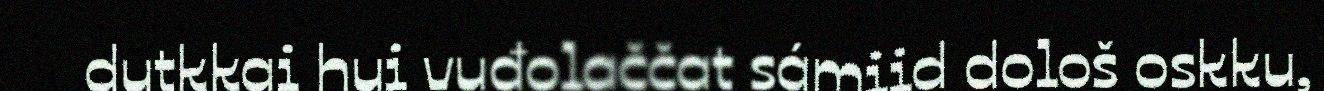
dutkkai hui vuđolaččat sámiid dološ oskku,